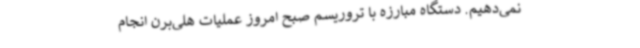
نمی‌دهیم. دستگاه مبارزه با تروریسم صبح امروز عملیات هلی‌برن انجام